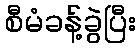
စီမံခန့်ခွဲပြီး